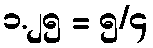
၁.၂၅ = ၅/၄